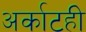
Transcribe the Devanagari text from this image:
अर्काटही